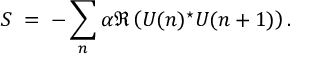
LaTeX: { \cal S } \; = \; - \sum _ { n } \alpha \Re \left( U ( n ) ^ { \star } U ( n + 1 ) \right) .